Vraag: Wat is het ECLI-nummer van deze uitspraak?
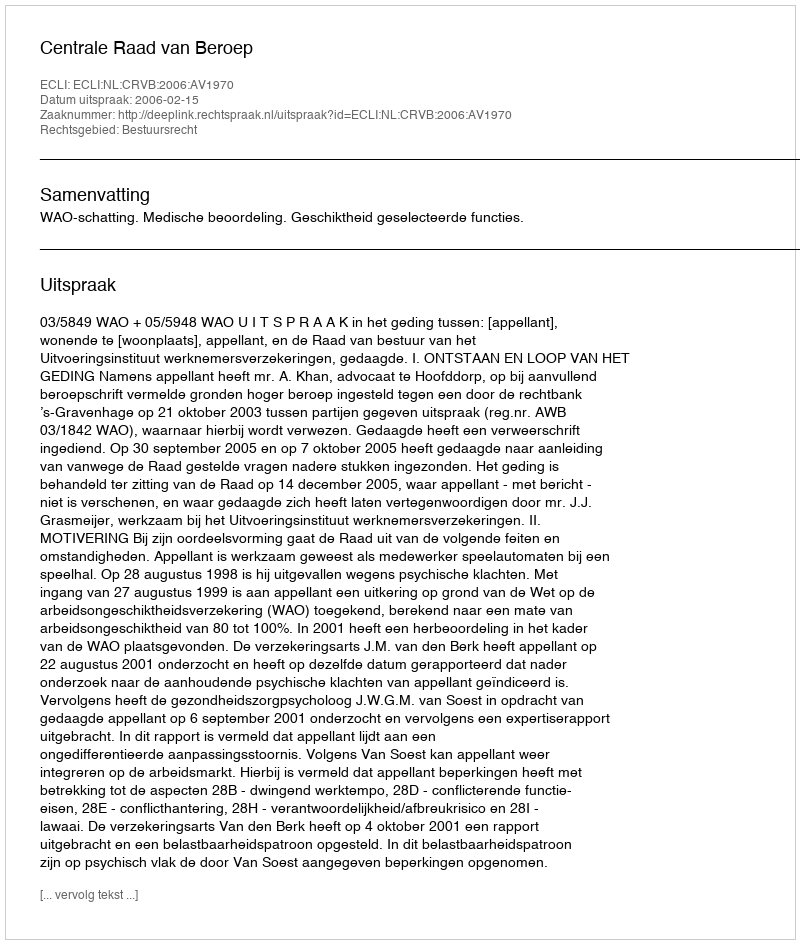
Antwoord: ECLI:NL:CRVB:2006:AV1970